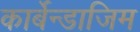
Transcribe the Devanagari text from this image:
कार्बेन्डाजिम